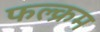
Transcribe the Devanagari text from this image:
फल्क्रम